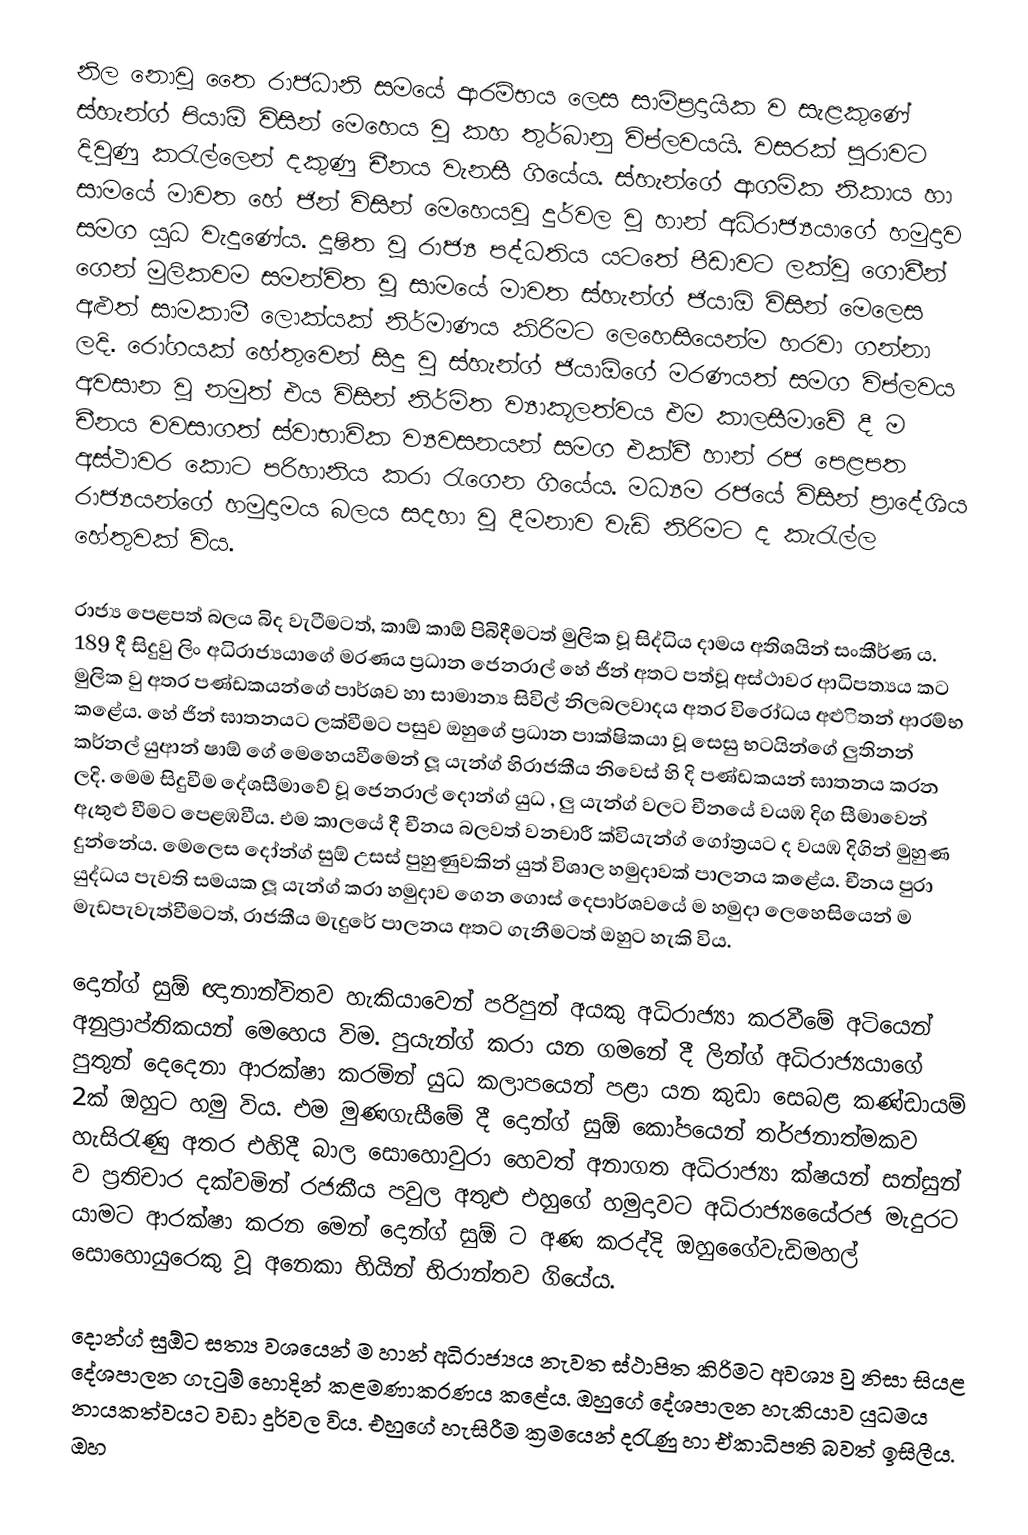
නිල නොවූ ‍‍තෛ රාජධානි සමයේ ආරම්භය ලෙස සාම්ප්‍රදායික ව සැළකුණේ ස්හැන්ග් පියාඕ විසින් මෙහෙය වූ කහ තුර්බානු විප්ලවයයි. වසරක් පුරාවට දිවුණු කරැල්ලෙන් දකුණු චීනය වැනසී ගියේය. ස්හැන්ගේ ආගමික නිකාය හා සාමයේ මාවත හේ ජින් විසින් මෙහෙයවූ දුර්වල වූ හාන් අධිරාජ්‍යයාගේ හමුදාව සමග යුධ වැදුණේය.  දූෂිත වූ රාජ්‍ය පද්ධතිය යටතේ පීඩාවට ලක්වූ ගොවීන් ගෙන් මුලිකවම සමන්විත වූ සාමයේ මාවත ස්හැන්ග්  ජියාඕ විසින් මෙලෙස අළුත් සාමකාමී ලොක්යක් නිර්මාණය කිරිමට ලෙහෙසියෙන්ම හරවා ගන්නා ලදි. රෝගයක් හේතුවෙන් සිදු වු ස්හැන්ග් ජියාඕගේ මරණයත් සමග  විප්ලවය අවසාන වූ නමුත් එය විසින් නිර්මිත ව්‍යාකූලත්වය එම කාලසීමාවේ දී ම චීනය වවසාගත් ස්වාභාවික ව්‍යවසනයන් සමග එක්වී හාන් රජ පෙළපත අස්ථාවර කොට පරිහානිය කරා රැගෙන ගියේය. මධ්‍යම රජයේ විසින් ප්‍රාදේශිය රාජ්‍යයන්ගේ හමුදාමය බලය සදහා වූ  දීමනාව වැඩි නිරිමට ද කැරැල්ල හේතුවක් විය.

රාජ්‍ය පෙළපත් බලය බිද වැටීමටත්, කාඕ කාඕ පිබිදීමටත් මුලික වූ සිද්ධිය දාමය අතිශයින් සංකීර්ණ ය. 189 දී සිදුවු ලිං අධිරාජ්‍යයාගේ මරණය ප්‍රධාන ජෙනරාල් හේ ජින් අතට පත්වූ අස්ථාවර ආධිපත්‍යය කට මුලික වු අතර පණ්ඩකයන්ගේ පාර්ශව හා සාමාන්‍ය සිවිල් නිලබලවාදය  අතර විරෝධය  අළුිතන් ආරම්භ කළේය. හේ ජින් ඝාතනයට ලක්වීමට පසුව ඔහුගේ ප්‍රධාන පාක්ෂිකයා වූ සෙසු භටයින්ගේ ලුතිනන් කර්නල් යුආන් ෂාඕ ගේ මෙහෙයවීමෙන් ලූ යැන්ග් හිරාජකීය නිවෙස් හි දි පණ්ඩකයන් ඝාතනය කරන ලදි. මෙම සිදුවීම දේශසීමාවේ වූ ජෙනරාල් දොන්ග් යුධ , ලු යැන්ග් වලට  චීනයේ වයඹ දිග සීමාවෙන් ඇතුළු වීමට පෙළඹවීය. එම කාලයේ දී චීනය බලවත් වනචාරී ක්වියැන්ග් ගෝත්‍රයට ද වයඹ දිගින් මුහුණ දුන්නේය. මෙලෙස දෝන්ග් සුඕ උසස් පුහුණුවකින් යුත් විශාල හමුදාවක් පාලනය කළේය. චීනය පුරා යුද්ධය පැවති සමයක ලූ යැන්ග් කරා හමුදාව ගෙන ගොස් දෙපාර්ශවයේ ම හමුදා ලෙහෙසියෙන් ම මැඩපැවැත්වීමටත්, රාජකීය  මැදුරේ පාලනය අතට ගැනීමටත් ඔහුට හැකි විය.

දොන්ග් සුඕ ඥානාන්විතව හැකියාවෙන් පරිපුන් අයකු අධිරාජ්‍යා කරවීමේ අටියෙන් අනුප්‍රාප්තිකයන් මෙහෙය විම. පුයැන්ග් කරා යන ගමනේ දී ලින්ග් අධිරාජ්‍යයාගේ පුතුන් දෙදෙනා ආරක්ෂා  කරමින් යුධ කලාපයෙන් පළා යන කුඩා සෙබළ කණ්ඩායම්  2ක් ඔහුට හමු විය. එම මුණගැසීමේ දී දොන්ග් සුඕ කෝපයෙන් තර්ජනාත්මකව හැසිරැණු අතර එහිදී බාල සොහොවුරා හෙවත් අනාගත අධිරාජ්‍යා  ක්ෂයන් සන්සුන්  ව ප්‍රතිචාර දක්වමින් රජකීය පවුල අතුළු  එහුගේ හමුදාවට  අධිරාජ්‍යයෙේරජ මැදුරට යාමට ආරක්ෂා කරන මෙන් දොන්ග් සුඕ ට අණ කරද්දි ඔහුගෙේවැඩිමහල් සොහොයුරෙකු වූ අනෙකා භියින් භිරාන්තව ගියේය.

දොන්ග් සුඕට සත්‍ය වශයෙන් ම හාන් අධිරාජ්‍යය නැවත ස්ථාපිත කිරිම‍ට අවශ්‍ය වු නිසා සියළ දේශපාලන ගැටුම් හොදින් කළමණාකරණය කළේය. ඔහුගේ දේශපාලන හැකියාව යුධමය නායකත්වයට වඩා  දුර්වල විය. එහුගේ හැසිරීම ක්‍රමයෙන් දරැණු හා ඒකාධිපති බවත් ඉසිලීය. ඔහ